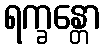
ရက္ခန္တော